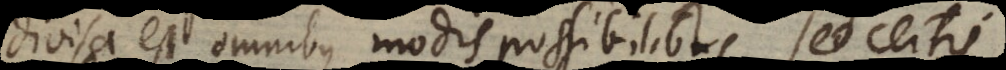
divisa est omnibus modis possibilibus, sed certis